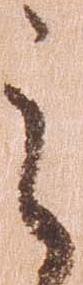
之